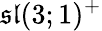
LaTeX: {\mathfrak{sl}}(3;1)^{+}